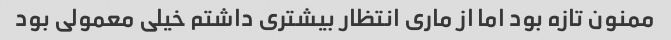
ممنون تازه بود اما از ماری انتظار بیشتری داشتم خیلی معمولی بود